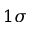
1 \sigma